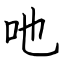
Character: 吔